Civil Veterinary Department Bengal reports 1933-51 - 1933-1951
Year: 1933
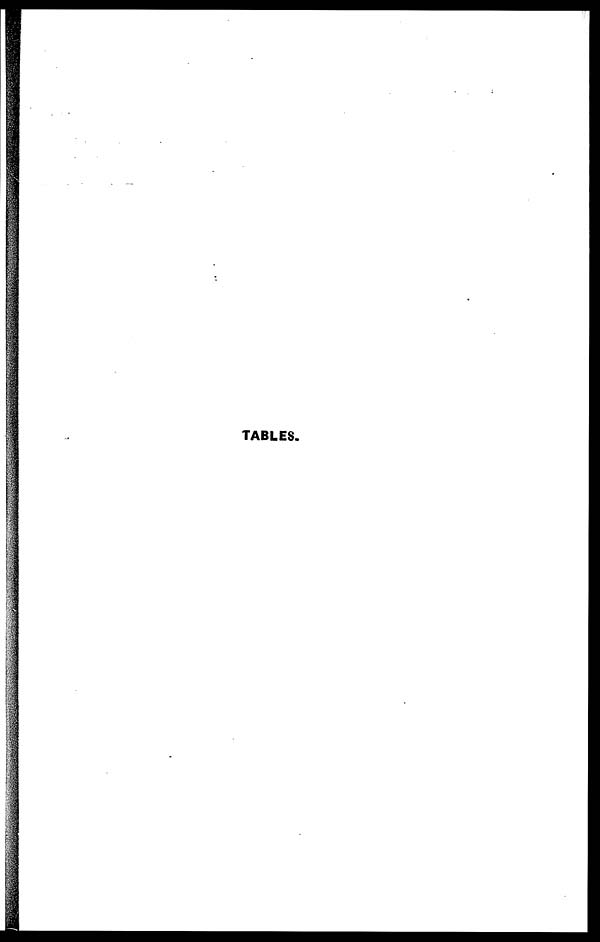
TABLES.